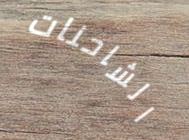
الشاحنات